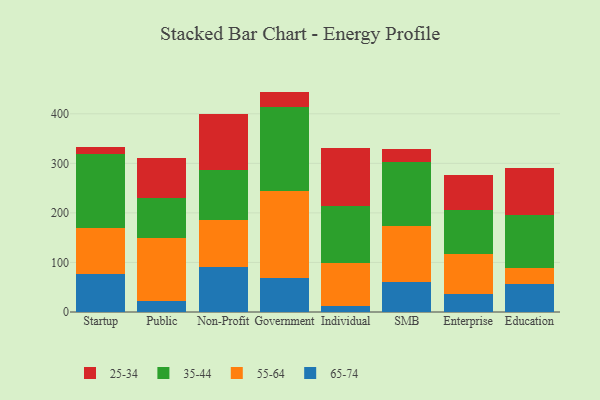
{"axis": {"x": "Segment", "y": "Inventory Turnover"}, "legend": ["25-34", "35-44", "55-64", "65-74"], "data": [{"x": "Startup", "y": 77.5, "type": "65-74"}, {"x": "Startup", "y": 91.4, "type": "55-64"}, {"x": "Startup", "y": 150.0, "type": "35-44"}, {"x": "Startup", "y": 14.0, "type": "25-34"}, {"x": "Public", "y": 22.6, "type": "65-74"}, {"x": "Public", "y": 127.7, "type": "55-64"}, {"x": "Public", "y": 80.5, "type": "35-44"}, {"x": "Public", "y": 80.0, "type": "25-34"}, {"x": "Non-Profit", "y": 91.5, "type": "65-74"}, {"x": "Non-Profit", "y": 95.1, "type": "55-64"}, {"x": "Non-Profit", "y": 100.6, "type": "35-44"}, {"x": "Non-Profit", "y": 111.5, "type": "25-34"}, {"x": "Government", "y": 69.1, "type": "65-74"}, {"x": "Government", "y": 174.9, "type": "55-64"}, {"x": "Government", "y": 170.2, "type": "35-44"}, {"x": "Government", "y": 30.6, "type": "25-34"}, {"x": "Individual", "y": 11.8, "type": "65-74"}, {"x": "Individual", "y": 88.1, "type": "55-64"}, {"x": "Individual", "y": 114.9, "type": "35-44"}, {"x": "Individual", "y": 117.1, "type": "25-34"}, {"x": "SMB", "y": 61.0, "type": "65-74"}, {"x": "SMB", "y": 113.5, "type": "55-64"}, {"x": "SMB", "y": 127.7, "type": "35-44"}, {"x": "SMB", "y": 27.2, "type": "25-34"}, {"x": "Enterprise", "y": 37.1, "type": "65-74"}, {"x": "Enterprise", "y": 79.1, "type": "55-64"}, {"x": "Enterprise", "y": 89.5, "type": "35-44"}, {"x": "Enterprise", "y": 70.4, "type": "25-34"}, {"x": "Education", "y": 56.5, "type": "65-74"}, {"x": "Education", "y": 33.2, "type": "55-64"}, {"x": "Education", "y": 105.4, "type": "35-44"}, {"x": "Education", "y": 94.9, "type": "25-34"}]}